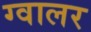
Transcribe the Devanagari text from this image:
ग्वालर